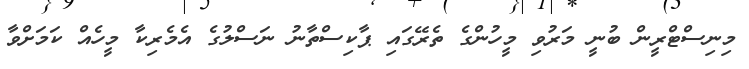
މިނިސްޓްރީން ބުނީ މަރުވި މީހުންގެ ތެރޭގައި ޕާކިސްތާނު ނަސްލުގެ އެމެރިކާ މީހެއް ކަމަށްވާ